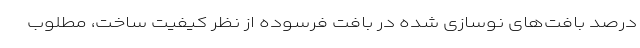
درصد بافت‌های نوسازی شده در بافت فرسوده از نظر کیفیت ساخت، مطلوب